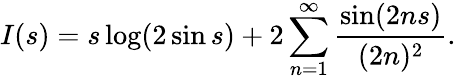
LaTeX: I(s)=s\log(2\sin s)+2\sum_{n=1}^{\infty}\frac{\sin(2ns)}{(2n)^{2}}.